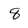
Character: 8